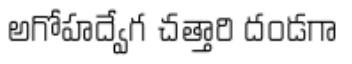
అగోహద్వేగ చత్తారి దండగా